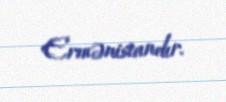
Ermənistandır.